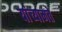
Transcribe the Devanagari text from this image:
यांच्यामते